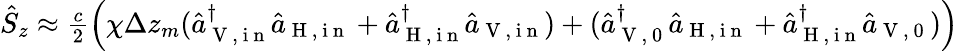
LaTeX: \begin{array}{r}{\hat{S}_{z}\approx\frac{c}{2}\left(\chi\Delta z_{m}(\hat{a}_{\mathrm{~V~,~i~n~}}^{\dagger}\hat{a}_{\mathrm{~H~,~i~n~}}+\hat{a}_{\mathrm{~H~,~i~n~}}^{\dagger}\hat{a}_{\mathrm{~V~,~i~n~}})+(\hat{a}_{\mathrm{~V~,~0~}}^{\dagger}\hat{a}_{\mathrm{~H~,~i~n~}}+\hat{a}_{\mathrm{~H~,~i~n~}}^{\dagger}\hat{a}_{\mathrm{~V~,~0~}})\right)}\end{array}